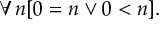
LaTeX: \forall n [ 0 = n \lor 0 < n ] .